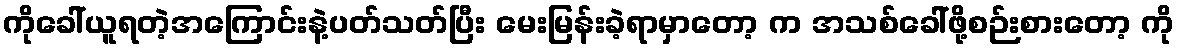
ကိုခေါ်ယူရတဲ့အကြောင်းနဲ့ပတ်သတ်ပြီး မေးမြန်းခဲ့ရာမှာတော့ က အသစ်ခေါ်ဖို့စဉ်းစားတော့ ကို